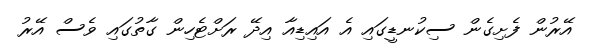
އޭރުން ފެށިގެން ސިކުނޑީގައި އެ އައިޑިއާ އިދޭ ރަށްޓެހިން ގާތުގައި ވެސް އޭރު